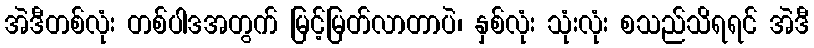
အဲဒီတစ်လုံး တစ်ပါဒအတွက် မြင့်မြတ်လာတာပဲ၊ နှစ်လုံး သုံးလုံး စသည်သိရရင် အဲဒီ